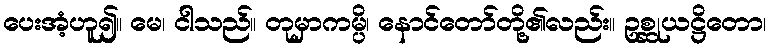
ပေးအံ့ဟူ၍။ မေ၊ ငါသည်။ တုမှာကမ္ပိ၊ နောင်တော်တို့၏လည်း။ ဥစ္ဆုယဋ္ဌိတော၊